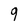
Character: 9